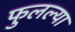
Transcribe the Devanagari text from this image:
फुलल्या